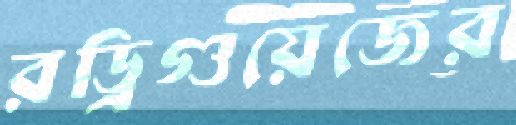
রড্রিগুয়েজের